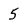
Character: 5